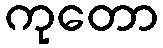
ကုတော